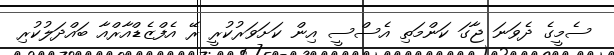
ސެމީގެ ދެވަނަ ޖާގަ ކަންމަތި އެސްސީ އިން ކަށަވަރުކުރީ ރޭ އެފްޒެޑްއާރްއާ ބައްދަލުކުރި